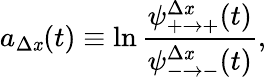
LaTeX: a_{\Delta\mathit{x}}(t)\equiv\ln\frac{{\psi_{+\to+}^{\Delta\mathit{x}}(t)}}{{\psi_{-\to-}^{\Delta\mathit{x}}(t)}},